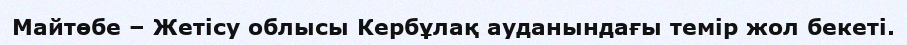
Майтөбе – Жетісу облысы Кербұлақ ауданындағы темір жол бекеті.